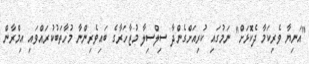
"އަނިޔާ ވެރިކަމާ ދެކޮޅަށް" ނަމުގައި ކުރިއަށްގެންދާ ސިލްސިލާ މުޒާހަރާގެ ބައިވެރިންނާ މުހާތަބުކުރައްވައި އިމްރާން